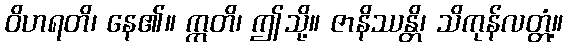
ဝိဟရတိ၊ နေ၏။ ဣတိ၊ ဤသို့။ ဇာနိဿန္တိ၊ သိကုန်လတ္တံ့။